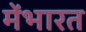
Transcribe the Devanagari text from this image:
मेंभारत